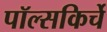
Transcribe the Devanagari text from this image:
पॉल्सकिर्चे